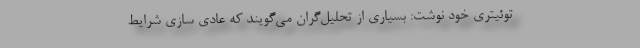
توئیتری خود نوشت: بسیاری از تحلیل‌گران می‌گویند که عادی سازی شرایط